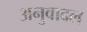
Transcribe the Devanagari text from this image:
अनुवादल